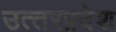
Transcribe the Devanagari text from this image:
उत्‍तरप्रदेश